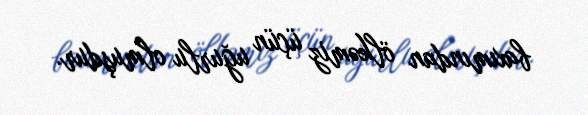
baxımından ölkəmiz üçün uğurlu olmuşdur.